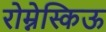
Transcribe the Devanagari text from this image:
रोम्नेस्किऊ